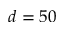
d = 5 0